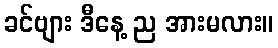
ခင်ဗျား ဒီနေ့ ည အားမလား။